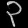
Digit: ၃